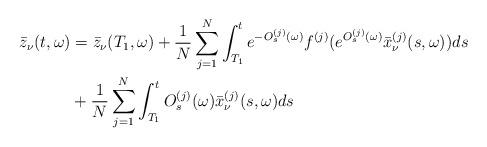
LaTeX: \begin{align*}\bar{z}_\nu(t,\omega)&=\bar{z}_\nu(T_1,\omega)+\frac{1}{N}\sum\limits_{j=1}^{N}\int_{T_1}^{t}e^{-O_s^{(j)}(\omega)}f^{(j)}(e^{O_s^{(j)}(\omega)}\bar{x}_\nu^{(j)}(s,\omega))ds\\&+\frac{1}{N}\sum\limits_{j=1}^{N}\int_{T_1}^{t}O_s^{(j)}(\omega)\bar{x}_\nu^{(j)}(s,\omega)ds\end{align*}